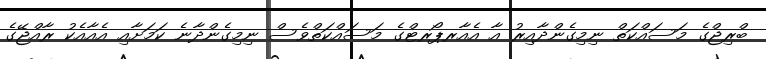
ބްރިޖްގެ މަސައްކަތް ނިމިގެންދާއިރު އާ އެއާރޕޯރޓްގެ މަސައްކަތްވެސް ނިމިގެންދާނެ ކަމަށާއި އެއާއެކު ރާއްޖޭގެ